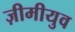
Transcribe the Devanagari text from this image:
ज़ीमीयुव